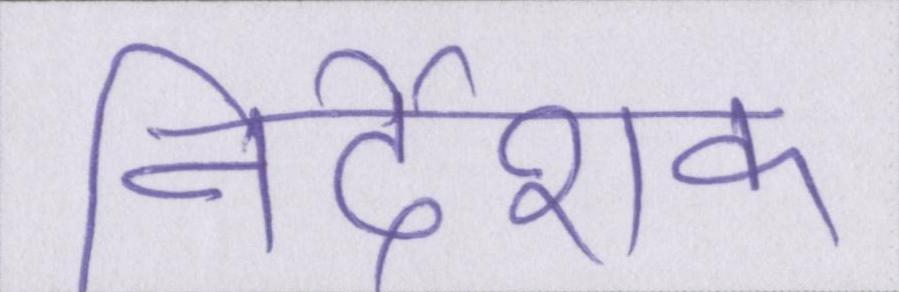
निर्देशक